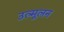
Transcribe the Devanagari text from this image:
उल्मूलन